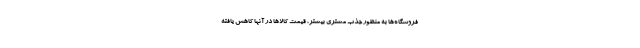
فروشگاه‌ها به منظور جذب مشتری بیشتر، قیمت کالاها در آنها کاهش یافته